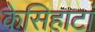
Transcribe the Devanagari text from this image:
केसिहाटां